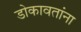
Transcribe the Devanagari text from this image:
डोकावतांना